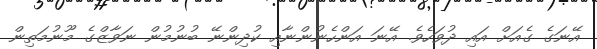
އޭނަގެ ގެއަށް އައި ދުވަހެވެ. އޭނަ އަންހެނުންނާއި ކުދިންނޭ ބުނުމުން ނަވާޒްގެ މޫނުމަތިން